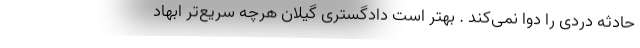
حادثه دردی را دوا نمی‌کند . بهتر است دادگستری گیلان هرچه سریع‌تر ابهاد